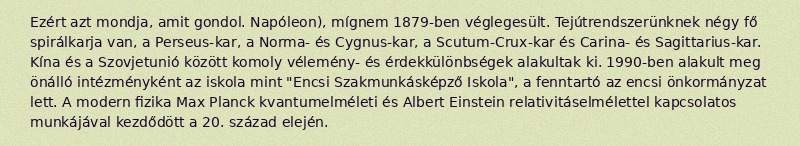
Ezért azt mondja, amit gondol. Napóleon), mígnem 1879-ben véglegesült. Tejútrendszerünknek négy fő spirálkarja van, a Perseus-kar, a Norma- és Cygnus-kar, a Scutum-Crux-kar és Carina- és Sagittarius-kar. Kína és a Szovjetunió között komoly vélemény- és érdekkülönbségek alakultak ki. 1990-ben alakult meg önálló intézményként az iskola mint "Encsi Szakmunkásképző Iskola", a fenntartó az encsi önkormányzat lett. A modern fizika Max Planck kvantumelméleti és Albert Einstein relativitáselmélettel kapcsolatos munkájával kezdődött a 20. század elején.